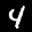
Label: 4